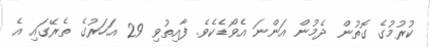
ކުރުމުގެ ގޮތުން ދެމުން އަންނަ އެވޯޑެކެވެ. ފާއިތުވި 29 އަހަރުގެ ތެރޭގައި އެ